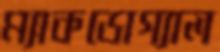
ম্যাকডোগ্যাল